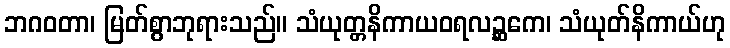
ဘဂဝတာ၊ မြတ်စွာဘုရားသည်။ သံယုတ္တနိကာယဝရလဉ္ဆကေ၊ သံယုတ်နိကာယ်ဟု